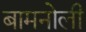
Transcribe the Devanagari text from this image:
बामनोली